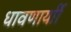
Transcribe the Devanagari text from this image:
धावणार्याी